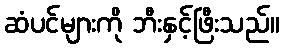
ဆံပင်များကို ဘီးနှင့်ဖြီးသည်။